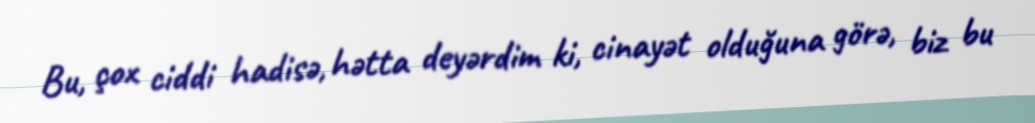
Bu, çox ciddi hadisə, hətta deyərdim ki, cinayət olduğuna görə, biz bu